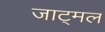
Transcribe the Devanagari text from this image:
जाट्मल